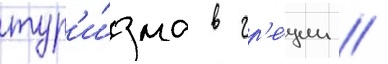
тур'и́зма в гр'е́ции //